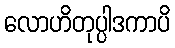
လောဟိတုပ္ပါဒကာပိ